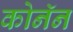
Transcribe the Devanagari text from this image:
कोनॅन